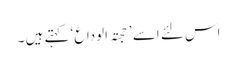
اس لئے اسے ’ حجتہ الوداع ‘ کہتے ہیں ۔